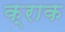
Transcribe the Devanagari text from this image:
क्राक